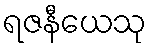
ရဇနီယေသု